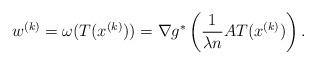
LaTeX: \begin{align*} w^{(k)} = \omega(T(x^{(k)})) = \nabla g^*\left(\frac{1}{\lambda n} A T(x^{(k)})\right).\end{align*}